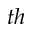
_ { t h }